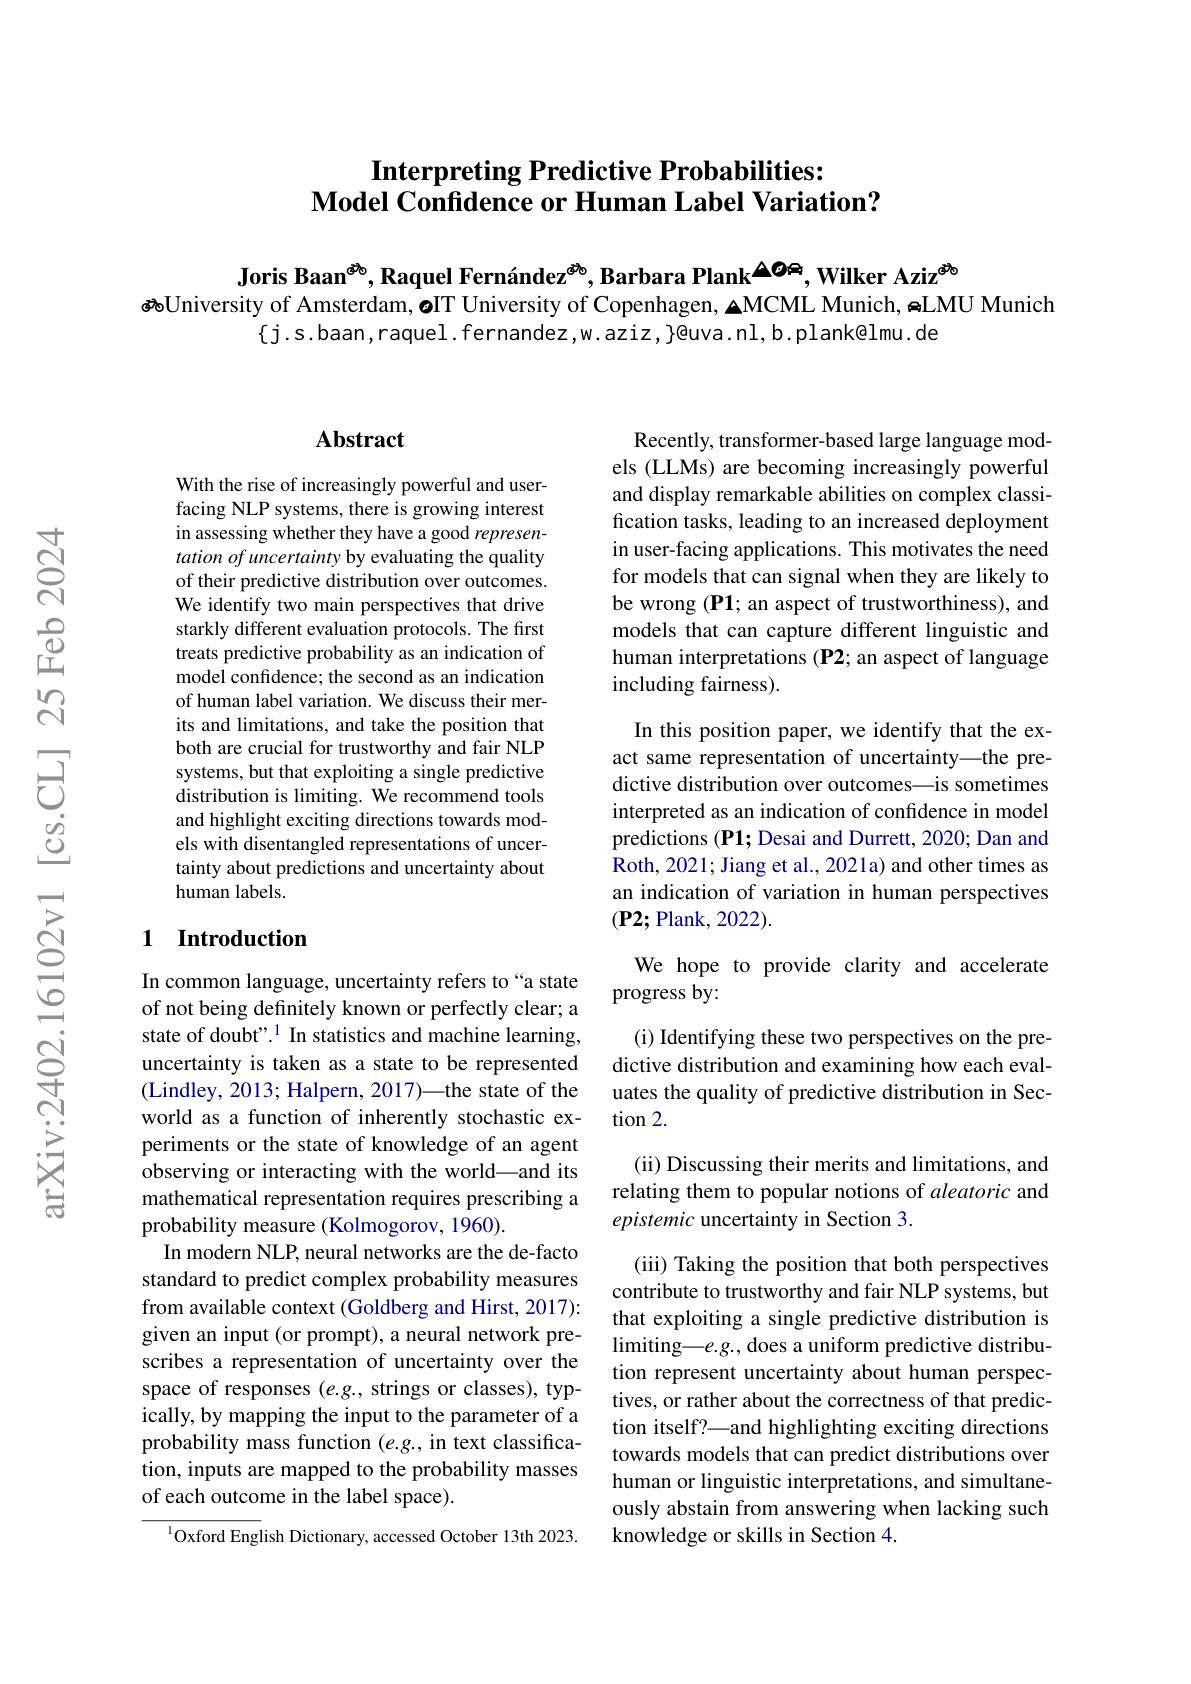
# Interpreting Predictive Probabilities: $\tilde{\textbf{Model Confidence or Human Label Variation?}}$

Joris Baan$^{\textcircled{\text{考}}_{0}}$, Raquel Fernández$^{\textcircled{\text{考}}_{0}}$,Barbara Plank$^{\textcircled{\text{O}}_{4}}$,Wilker Aziz$^{\textcircled{\text{考}}_{0}}$
磅University of Amsterdam, oIT University of Copenhagen, ▲MCML Munich, ๑LMU Munich
$\{$j.s.baan,raquel.fernandez,w.aziz,y@uva.nl,b.plank@lmu.de

## $\mathbf{Abstract}$

With the rise of increasingly powerful and userfacing NLP systems, there is growing interest in assessing whether they have a good representation of uncertainty by evaluating the quality of their predictive distribution over outcomes We identify two main perspectives that drive starkly different evaluation protocols. The first treats predictive probability as an indication of model confidence; the second as an indication of human label variation. We discuss their merits and limitations, and take the position that both are crucial for trustworthy and fair NLP systems, but that exploiting a single predictive distribution is limiting. We recommend tools and highlight exciting directions towards models with disentangled representations of uncertainty about predictions and uncertainty about human labels.

### 1 Introduction

In common language, uncertainty refers to“a state of not being definitely known or perfectly clear; a state of doubt".$^1$ In statistics and machine learning, uncertainty is taken as a state to be represented (Lindley, 2013; Halpern, 2017)—the state of the world as a function of inherently stochastic experiments or the state of knowledge of an agent observing or interacting with the world—and its mathematical representation requires prescribing a probability measure (Kolmogorov, 1960).
In modern NLP, neural networks are the de-facto standard to predict complex probability measures from available context (Goldberg and Hirst, 2017): given an input (or prompt), a neural network prescribes a representation of uncertainty over the space of responses $(e.g.$, strings or classes), typically, by mapping the input to the parameter of a probability mass function (e.g., in text classification, inputs are mapped to the probability masses of each outcome in the label space).

$^{1}$Oxford English Dictionary, accessed October 13th 2023.

Recently, transformer-based large language models (LLMs) are becoming increasingly powerful and display remarkable abilities on complex classification tasks, leading to an increased deployment in user-facing applications. This motivates the need for models that can signal when they are likely to be wrong (P1; an aspect of trustworthiness), and models that can capture different linguistic and human interpretations (P2; an aspect of language including fairness).

In this position paper, we identify that the exact same representation of uncertainty—the predictive distribution over outcomes—is sometimes interpreted as an indication of confidence in model predictions (P1; Desai and Durrett, 2020; Dan and Roth, 2021; Jiang et al., 2021a) and other times as an indication of variation in human perspectives $(\mathbf{P}2;$Plank, 2022).

## We hope to provide clarity and accelerate progress by:

(i) Identifying these two perspectives on the predictive distribution and examining how each evaluates the quality of predictive distribution in Section 2.

(ii) Discussing their merits and limitations, and relating them to popular notions of aleatoric and epistemic uncertainty in Section 3.

(iii) Taking the position that both perspectives contribute to trustworthy and fair NLP systems, but that exploiting a single predictive distribution is limiting—$e.g.$,does a uniform predictive distribution represent uncertainty about human perspectives, or rather about the correctness of that prediction itself?—and highlighting exciting directions towards models that can predict distributions over human or linguistic interpretations, and simultaneously abstain from answering when lacking such knowledge or skills in Section 4.